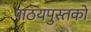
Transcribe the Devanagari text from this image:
पाठयपुस्तको